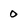
Character: 0